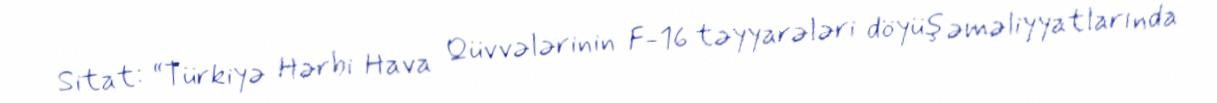
Sitat: “Türkiyə Hərbi Hava Qüvvələrinin F-16 təyyarələri döyüş əməliyyatlarında